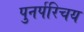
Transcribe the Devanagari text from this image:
पुनर्परिचय